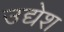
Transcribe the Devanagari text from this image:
उद्येश